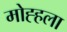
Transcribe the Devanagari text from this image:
मोह्हला